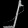
Digit: ၂